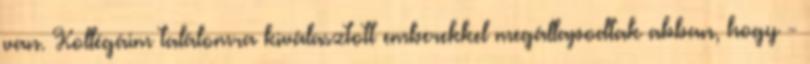
van. Kollégáim találomra kiválasztott emberekkel megállapodtak abban, hogy -